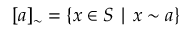
[ a ] _ { \sim } = \{ x \in S \mid x \sim a \}